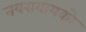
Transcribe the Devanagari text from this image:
नवराबायको